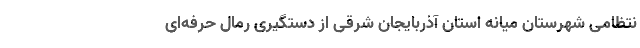
نتظامی شهرستان میانه استان آذربایجان شرقی از دستگیری رمال حرفه‌ای